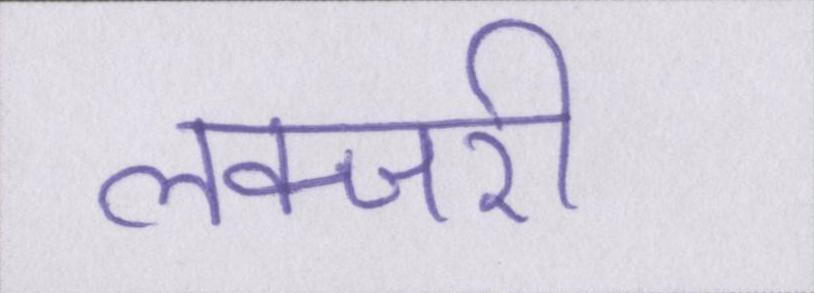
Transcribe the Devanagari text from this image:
लक्जरी